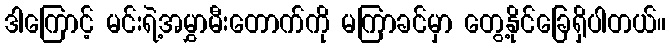
ဒါကြောင့် မင်းရဲ့အမွှာမီးတောက်ကို မကြာခင်မှာ တွေ့နိုင်ခြေရှိပါတယ်။